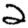
Digit: 2